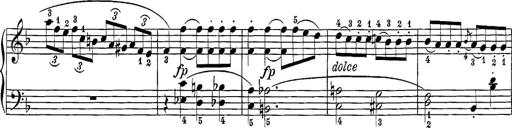
Title: 12 Sonatine per Pianoforte
Composer: Friedrich Kuhlau